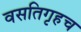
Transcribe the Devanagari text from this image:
वसतिगृहच